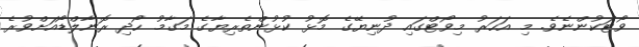
ވޯޓަކުންނެވެ. މި އަހަރު މިވޯޓްގައި ދުނިޔޭގެ މޮޅު ކުޅުންތެރިޔާގެ މަގާމު ހޯދި ރޮނާލްޑޯއަށްވުރެ